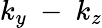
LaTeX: k_{y}\mathrm{~-~}k_{z}